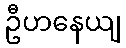
ဦဟနေယျ